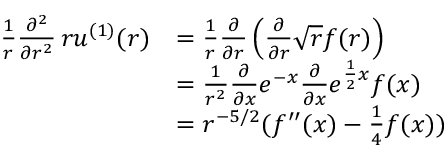
\begin{array} { r l } { \frac { 1 } { r } \frac { \partial ^ { 2 } } { \partial r ^ { 2 } } \, r u ^ { ( 1 ) } ( r ) } & { = \frac { 1 } { r } \frac { \partial } { \partial r } \left( \frac { \partial } { \partial r } \sqrt { r } f ( r ) \right) } \\ & { = \frac { 1 } { r ^ { 2 } } \frac { \partial } { \partial x } e ^ { - x } \frac { \partial } { \partial x } e ^ { \frac { 1 } { 2 } x } f ( x ) } \\ & { = r ^ { - 5 / 2 } ( f ^ { \prime \prime } ( x ) - \frac { 1 } { 4 } f ( x ) ) } \end{array}